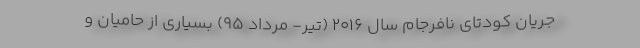
جریان کودتای نافرجام سال ۲۰۱۶ (تیر- مرداد ۹۵) بسیاری از حامیان و